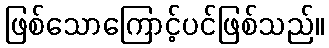
ဖြစ်သောကြောင့်ပင်ဖြစ်သည်။